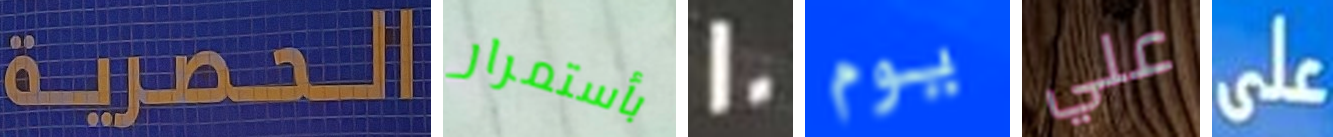
الحصرية بأستمرار 20 يوم علي على